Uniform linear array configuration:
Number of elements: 12
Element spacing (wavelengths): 0.75
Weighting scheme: blackman
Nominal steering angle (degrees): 45
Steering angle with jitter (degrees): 46.647
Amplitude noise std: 0.05
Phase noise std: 0.05

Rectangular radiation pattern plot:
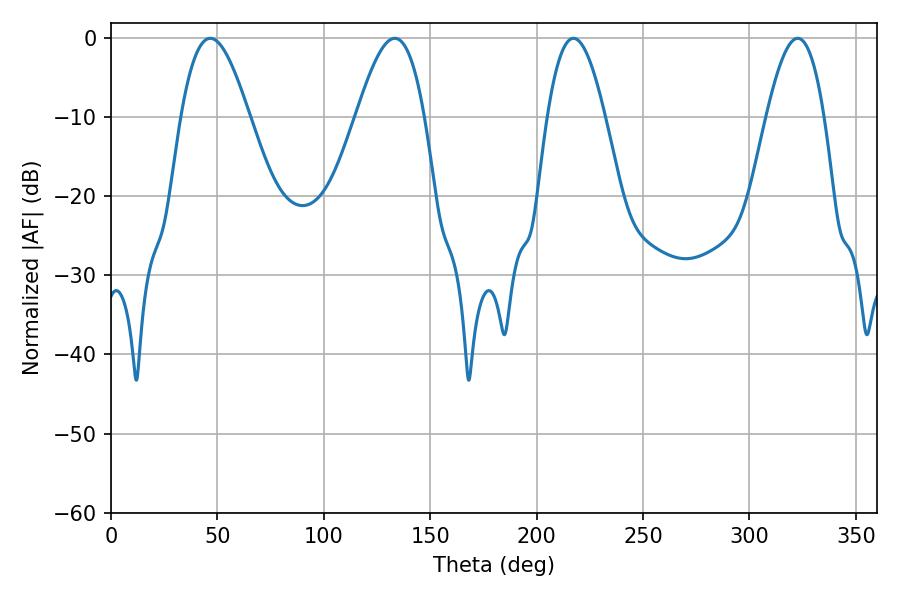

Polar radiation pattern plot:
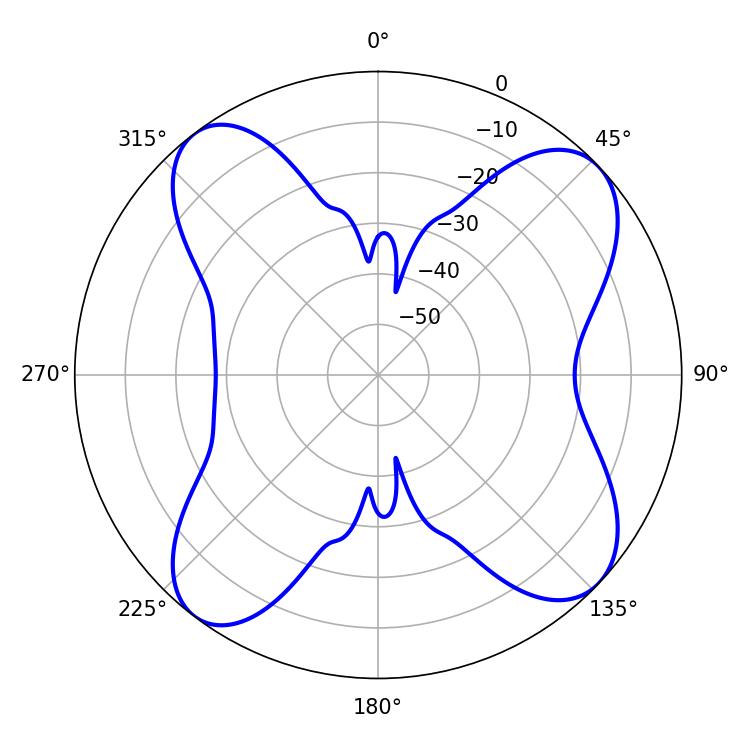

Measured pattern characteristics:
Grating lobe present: TRUE
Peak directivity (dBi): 11.303
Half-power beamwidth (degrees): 17.28
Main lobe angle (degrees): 46.62